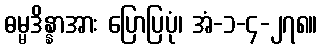
ဓမ္မဒိန္နာအား ပြောပြပုံ၊ အံ-၁-၄-၂၇၈။